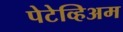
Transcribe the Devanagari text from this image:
पेटेव्हिअम